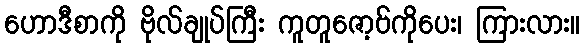
ဟောဒီစာကို ဗိုလ်ချုပ်ကြီး ကူတူဇော့ဗ်ကိုပေး၊ ကြားလား။